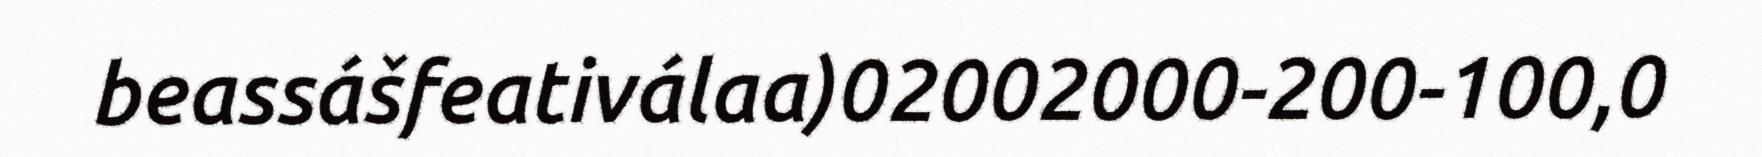
beassášfeativálaa)02002000-200-100,0